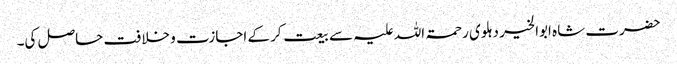
حضرت شاہ ابوالخیر دہلوی رحمۃ اللہ علیہ سے بیعت کر کے اجازت و خلافت حاصل کی۔